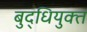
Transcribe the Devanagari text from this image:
बुद्धियुक्‍त